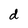
Character: d